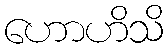
ဟောဟိသိ